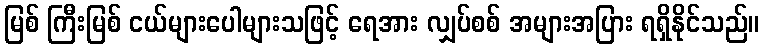
မြစ် ကြီးမြစ် ငယ်များပေါများသဖြင့် ရေအား လျှပ်စစ် အများအပြား ရရှိနိုင်သည်။